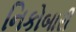
નિકોબારી